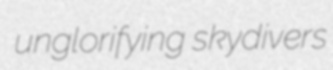
unglorifying skydivers